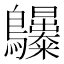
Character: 𪈫